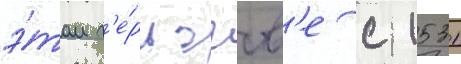
э́том г'е́рцогств'е с 1531